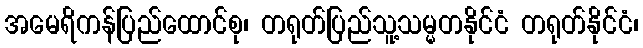
အမေရိကန်ပြည်ထောင်စု၊ တရုတ်ပြည်သူ့သမ္မတနိုင်ငံ တရုတ်နိုင်ငံ၊